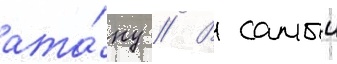
ата́ку // В самыи